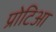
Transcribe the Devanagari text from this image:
प्रोटिआ